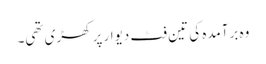
وہ برآمدہ کی تین فٹ دیوار پر کھڑی تھی۔